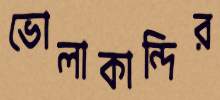
ভোলাকান্দির